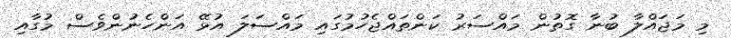
މި މަޖައްލާ ބުނާ ގޮތުން މައްސަރު ކަންތައްޖެހުމުގައި މައްސަލަ އުޅޭ އަންހެނުންވެސް މުގާއި